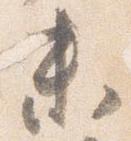
未